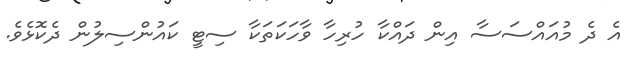
އެ ދެ މުއައްސަސާ އިން ދައްކާ ހުރިހާ ވާހަކަތަކާ ސިޓީ ކައުންސިލުން ދެކޮޅެވެ.